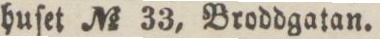
huſet No 33, Broddgatan.